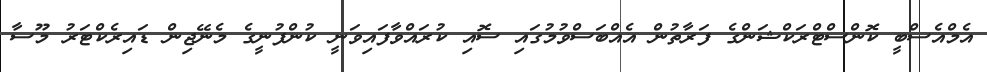
އެމްއެސްބީ ކޮންސްޓްރަކްޝަންގެ ފަރާތުން އެއްބަސްވުމުގައި ސޮއި ކުރައްވާފައިވަނީ ކުންފުނީގެ މެނޭޖިން ޑައިރެކްޓަރު މޫސާ